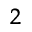
^ { 2 }